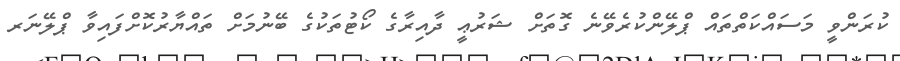
ކުރަންވީ މަސައްކަތްތައް ޕްލޭންކުރެވޭނެ ގޮތަށް ޝަރުޢީ ދާއިރާގެ ކޯޓުތަކުގެ ބޭނުމަށް ތައްޔާރުކޮށްފައިވާ ޕްލޭނަރ